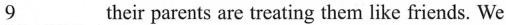
\underline{9}their parents are treating them like friends.